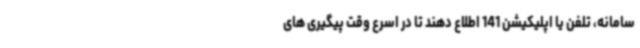
سامانه، تلفن یا اپلیکیشن 141 اطلاع دهند تا در اسرع وقت پیگیری های